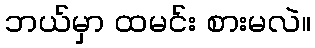
ဘယ်မှာ ထမင်း စားမလဲ။